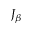
J _ { \beta }